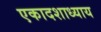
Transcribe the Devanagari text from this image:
एकादशाध्याय